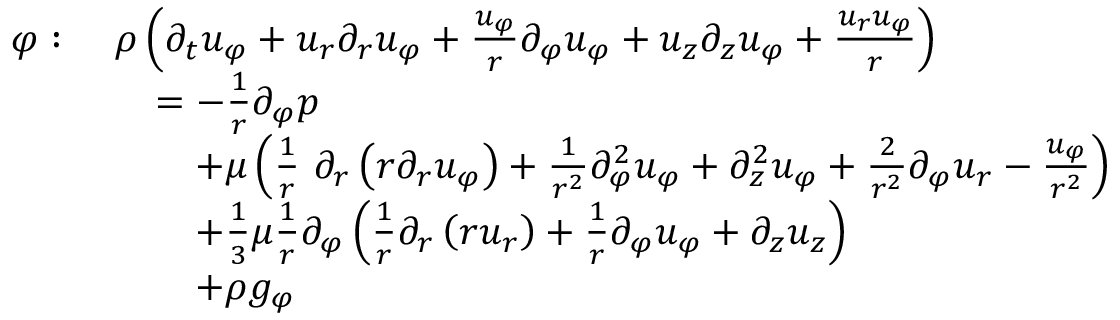
{ \begin{array} { r l } { \varphi : \ } & { \rho \left( { \partial _ { t } u _ { \varphi } } + u _ { r } { \partial _ { r } u _ { \varphi } } + { \frac { u _ { \varphi } } { r } } { \partial _ { \varphi } u _ { \varphi } } + u _ { z } { \partial _ { z } u _ { \varphi } } + { \frac { u _ { r } u _ { \varphi } } { r } } \right) } \\ & { \quad = - { \frac { 1 } { r } } { \partial _ { \varphi } p } } \\ & { \qquad + \mu \left( { \frac { 1 } { r } } \ \partial _ { r } \left( r { \partial _ { r } u _ { \varphi } } \right) + { \frac { 1 } { r ^ { 2 } } } { \partial _ { \varphi } ^ { 2 } u _ { \varphi } } + { \partial _ { z } ^ { 2 } u _ { \varphi } } + { \frac { 2 } { r ^ { 2 } } } { \partial _ { \varphi } u _ { r } } - { \frac { u _ { \varphi } } { r ^ { 2 } } } \right) } \\ & { \qquad + { \frac { 1 } { 3 } } \mu { \frac { 1 } { r } } \partial _ { \varphi } \left( { \frac { 1 } { r } } { \partial _ { r } \left( r u _ { r } \right) } + { \frac { 1 } { r } } { \partial _ { \varphi } u _ { \varphi } } + { \partial _ { z } u _ { z } } \right) } \\ & { \qquad + \rho g _ { \varphi } } \end{array} }